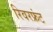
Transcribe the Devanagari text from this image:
रिवरफ्रंट